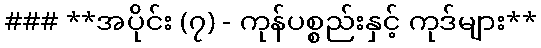
### **အပိုင်း (၇) - ကုန်ပစ္စည်းနှင့် ကုဒ်များ**